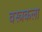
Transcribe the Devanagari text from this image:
वस्त्रकला